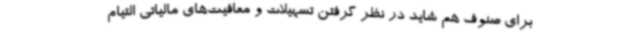
برای صنوف هم شاید در نظر گرفتن تسهیلات و معافیت‌های مالیاتی التیام